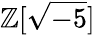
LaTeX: \mathbb{Z}[{\sqrt{-5}}]